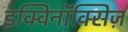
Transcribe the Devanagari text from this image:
इक्विनॉक्सिज़